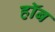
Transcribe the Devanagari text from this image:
हॉब